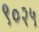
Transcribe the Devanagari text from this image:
९०२५